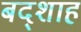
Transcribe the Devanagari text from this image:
बद्शाह